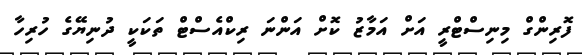
ފޮރިންގް މިނިސްޓްރީ އަށް އަމާޒު ކޮށް އަންނަ ރިކްއެސްޓް ތަކަކީ ދުނިޔޭގެ ހުރިހާ